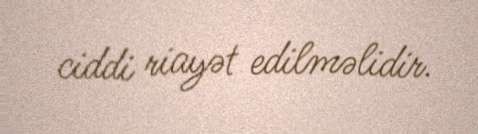
ciddi riayət edilməlidir.